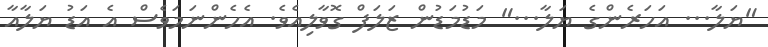
"ޔަލާ... އަހަރެންގެ ޔަލާ..." މަޑުމަޑުން ޒަލަފް ގޮވާލިއެވެ. އެހެންނަމަވެސް އެ އަޑު ޔަލާއާ